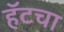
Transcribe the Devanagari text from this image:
हॅटचा